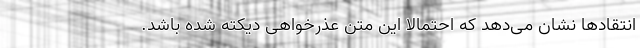
انتقادها نشان می‌دهد که احتمالا این متن عذرخواهی دیکته شده ‌باشد.